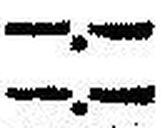
—.—